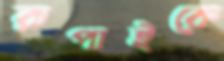
রূপাইকে